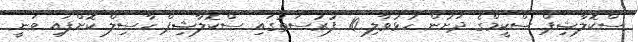
ސްކޮލާޝިޕް ސްކީމްގެ ދަށުން ހުޅުވާލި 10 ފުރުސަތުގައި ސްކޮލާޝިޕް ހާސިލް ކޮށްފައި ވަނީ